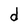
Character: d